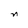
Character: n